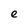
Character: e